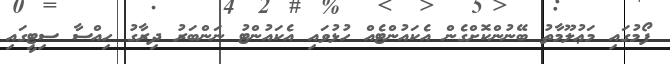
ފޯމުގައި މަޢުލޫމާތު ބޭނުންކޮށްގެން އެކައުންޓެއް ހުޅުވައި އެކައުންޓު ނަންބަރު ދިރާގު ހިއްސާ ސިޓީގައި